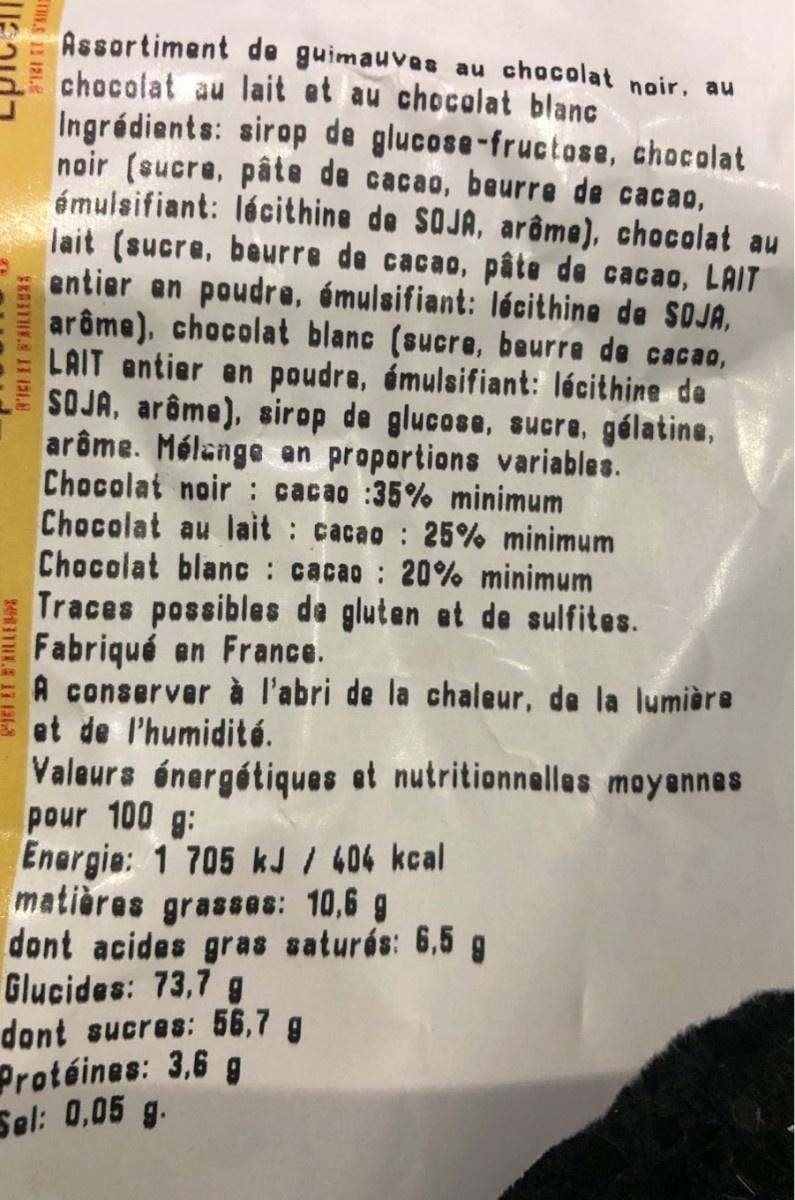
Assortiment de guimauvas au chocolat noir, au chocolat au lait et au chocolat blanc Ingrédients: sirop de glucose-fructose, chocolat noir (sucre, pâte de cacao, beurre de cacao, émulsifiant: lécithine de SOJA, arâme), chocolat au lait (sucre, beurre de cacao, pâte de cacao, LAIT entier an poudre, émulsifiant: lócithine de SOJA, arôme), chocolat blanc (sucre, beurre de cacao, LAIT entier en poudre, émulsifiant: lécithine de SOJA, arôme), sirop de glucose, sucre, gélatine, arôme. Mélange an proportions variables. Chocolat noir : cacao :35% minimum Chocolat au lait cacao 25% minimum Chocolat blanc : cacao : 20% minimum Traces possibles de gluten et de sulfites. Fabriqué en France. A conserver à l'abri de la chaleur, de la lumière et de l'humidité. Valeurs énergétiques et nutritionnelles moyannes pour 100 g: Energie: 1 705 kJ / 406 kcal matières grasses: 10,6 g dont acides gras saturés: 6,5 g Glucides: 73,7 g dont sucres: 56,7 g Protéines: 3,6 g Sel: 0,05 g. 8'L ET B'AILLED EIE 12 121.2